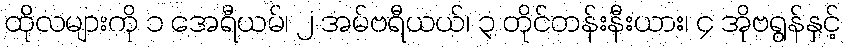
ထိုလများကို ၁ အေရီယမ်၊ ၂ အမ်ဗရီယယ်၊ ၃ တိုင်တန်းနီးယား၊ ၄ အိုဗရွန်နှင့်